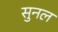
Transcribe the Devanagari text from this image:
सुनल